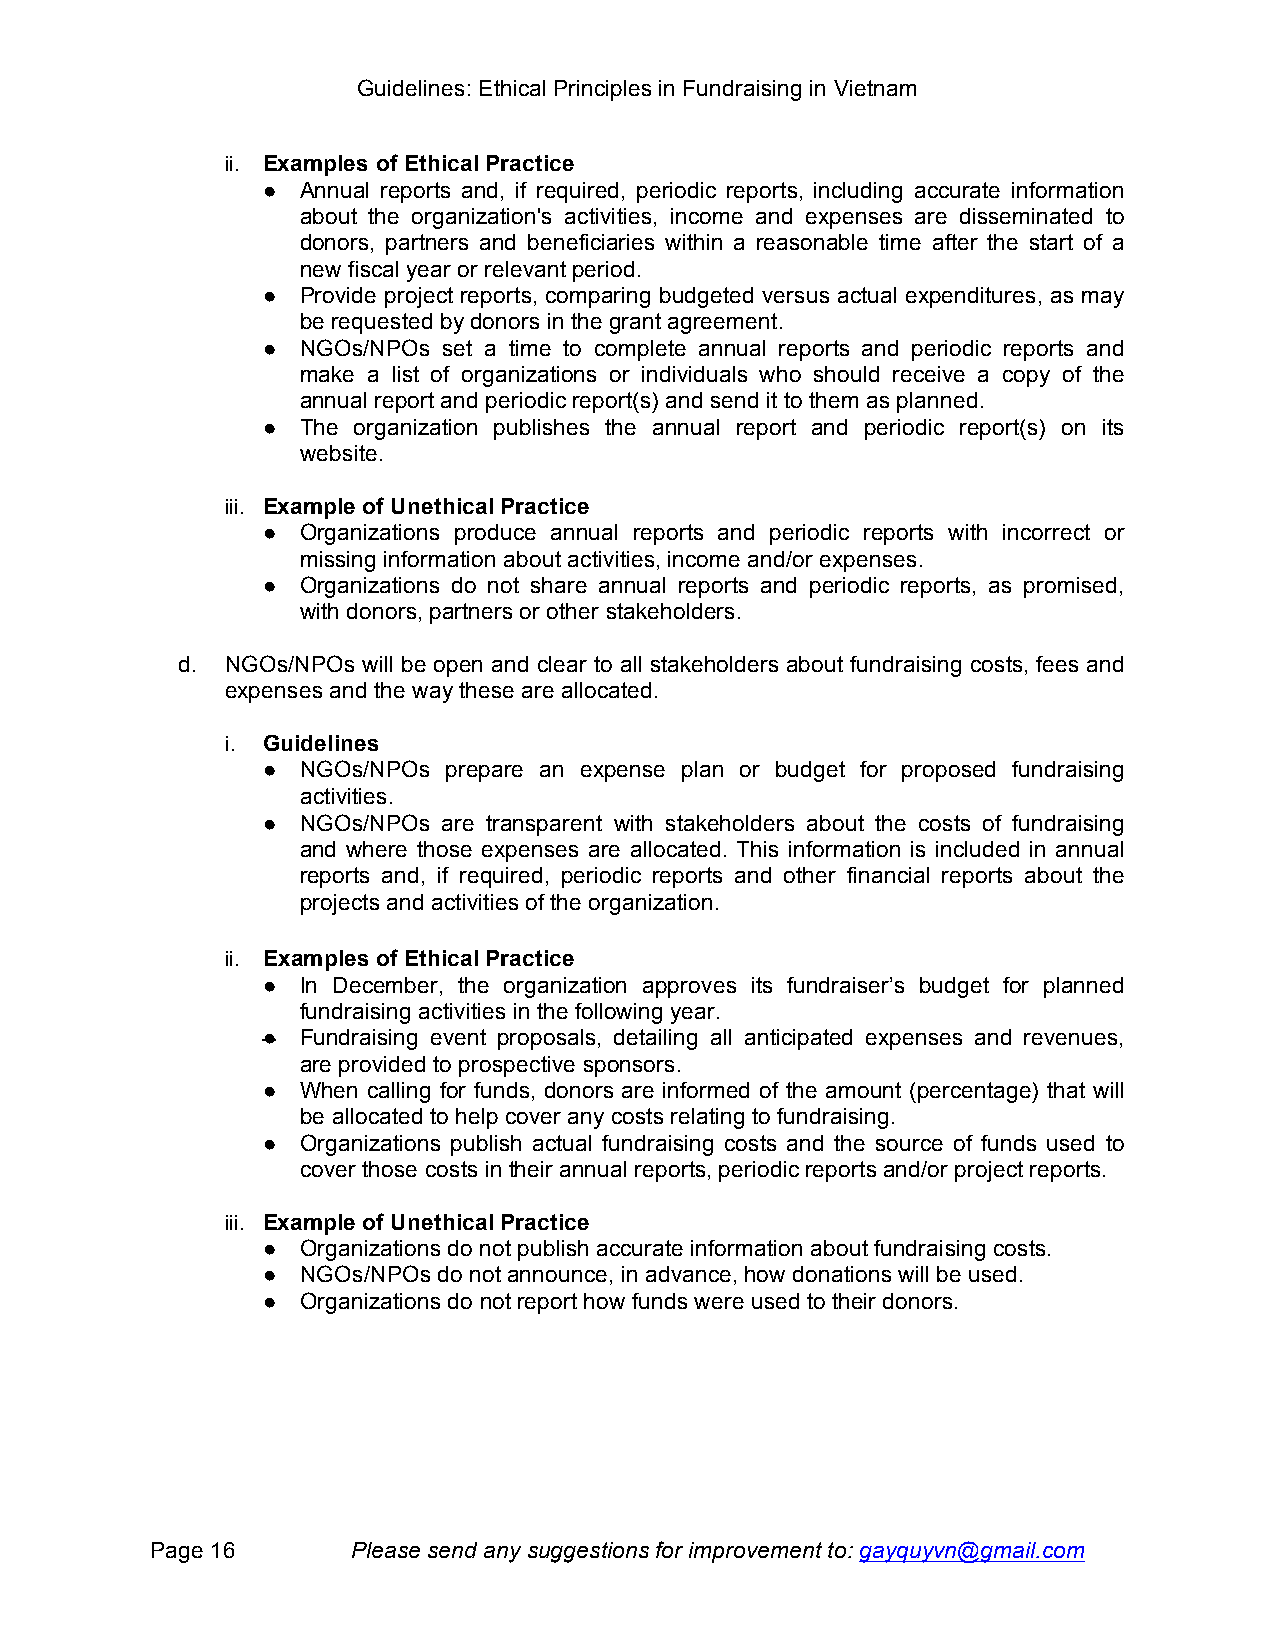
Guidelines: Ethical Principles in Fundraising in Vietnam
 ii. Examples of Ethical Practice
 ●  Annual reports and, if required, periodic reports, including accurate information
 about the organization's activities, income and expenses are disseminated to
 donors, partners and beneficiaries within a reasonable time after the start of a
 new fiscal year or relevant period.
 ●  Provide project reports, comparing budgeted versus actual expenditures, as may
 be requested by donors in the grant agreement.
 ●  NGOs/NPOs set a time to complete annual reports and periodic reports and
 make a list of organizations or individuals who should receive a copy of the
 annual report and periodic report(s) and send it to them as planned.
 ●  The organization publishes the annual report and periodic report(s) on its
 website.
 iii. Example of Unethical Practice
 ●  Organizations produce annual reports and periodic reports with incorrect or
 missing information about activities, income and/or expenses.
 ●  Organizations do not share annual reports and periodic reports, as promised,
 with donors, partners or other stakeholders.
 d. NGOs/NPOs will be open and clear to all stakeholders about fundraising costs, fees and
 expenses and the way these are allocated.
 i. Guidelines
 ●  NGOs/NPOs prepare an expense plan or budget for proposed fundraising
 activities.
 ●  NGOs/NPOs are transparent with stakeholders about the costs of fundraising
 and where those expenses are allocated. This information is included in annual
 reports and, if required, periodic reports and other financial reports about the
 projects and activities of the organization.
 ii. Examples of Ethical Practice
 ●  In December, the organization approves its fundraiser’s budget for planned
 fundraising activities in the following year.
 ●  Fundraising event proposals, detailing all anticipated expenses and revenues,
 are provided to prospective sponsors.
 ●  When calling for funds, donors are informed of the amount (percentage) that will
 be allocated to help cover any costs relating to fundraising.
 ●  Organizations publish actual fundraising costs and the source of funds used to
 cover those costs in their annual reports, periodic reports and/or project reports.
 iii. Example of Unethical Practice
 ●  Organizations do not publish accurate information about fundraising costs.
 ●  NGOs/NPOs do not announce, in advance, how donations will be used.
 ●  Organizations do not report how funds were used to their donors.
 Page 16      Please send any suggestions for improvement to: gayquyvn@gmail.com